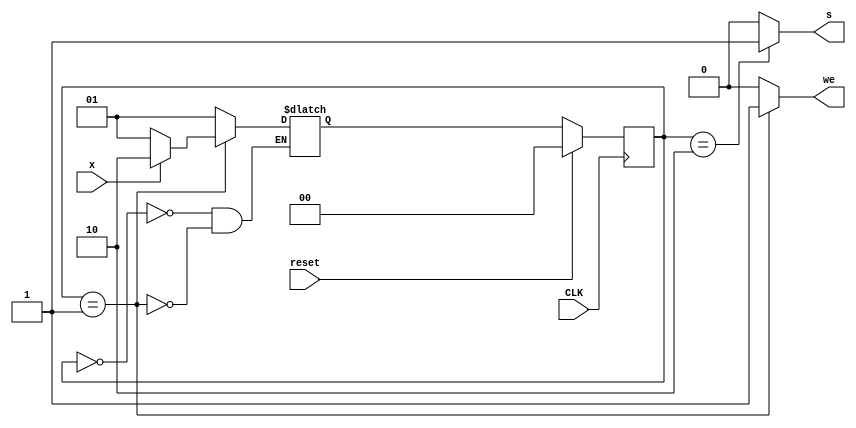
module ModControlUnit(
	input reset,
	input CLK,
	input x,
	output reg we,
	output reg s
);

	reg [1:0] currentState, nextState;

	// Define states for the FSM
	localparam 	START = 2'b00,
				SUBTRACT   = 2'b01,
				RESULT  = 2'b10;
				
	// State Registers
	always @(posedge CLK)
	begin
		if(reset)
			currentState <= START; // Initialize to START state on reset
			
		else
			currentState <= nextState; // Move to the next state
	end

	//Next State Logic
	always @(*)
		begin
			case(currentState)
				START: 
					begin
						nextState = SUBTRACT; // Transition to SUBTRACT state from START
					end
				SUBTRACT: 
					begin
						if(x)
                            nextState = RESULT; // Move to RESULT state if 'x' condition is met
						else
                            nextState = SUBTRACT; // Stay in SUBTRACT state if 'x' condition is not met
					end
				RESULT: 
					begin
						// No more states.
					end
			endcase
		end

	//Output Logic
	always @(*)
		begin
			s = 1'b0;
			we = 1'b0;
			case(currentState)
				START: 	
					begin
						s = 1'b0;
						we = 1'b0;
					end
				
				SUBTRACT: 
					begin
						s = 1'b0;
						we = 1'b1;
					end
				
				RESULT: 
					begin
						s = 1'b1;
						we = 1'b0;
					end
			endcase
		end
	
endmodule